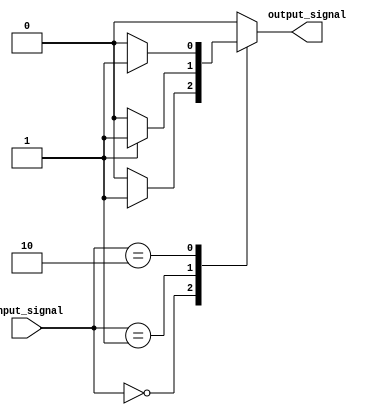
module case_statement(
    input [1:0] input_signal,
    output reg output_signal
);

always @(*)
begin
    case(input_signal)
        2'b00: 
            begin
                if (condition_1)
                    output_signal <= 1'b1;
                else
                    output_signal <= 1'b0;
            end
        2'b01: 
            begin
                if (condition_2)
                    output_signal <= 1'b1;
                else
                    output_signal <= 1'b0;
            end
        2'b10: 
            begin
                if (condition_3)
                    output_signal <= 1'b1;
                else
                    output_signal <= 1'b0;
            end
        default:
            output_signal <= 1'b0;
    endcase
end

endmodule